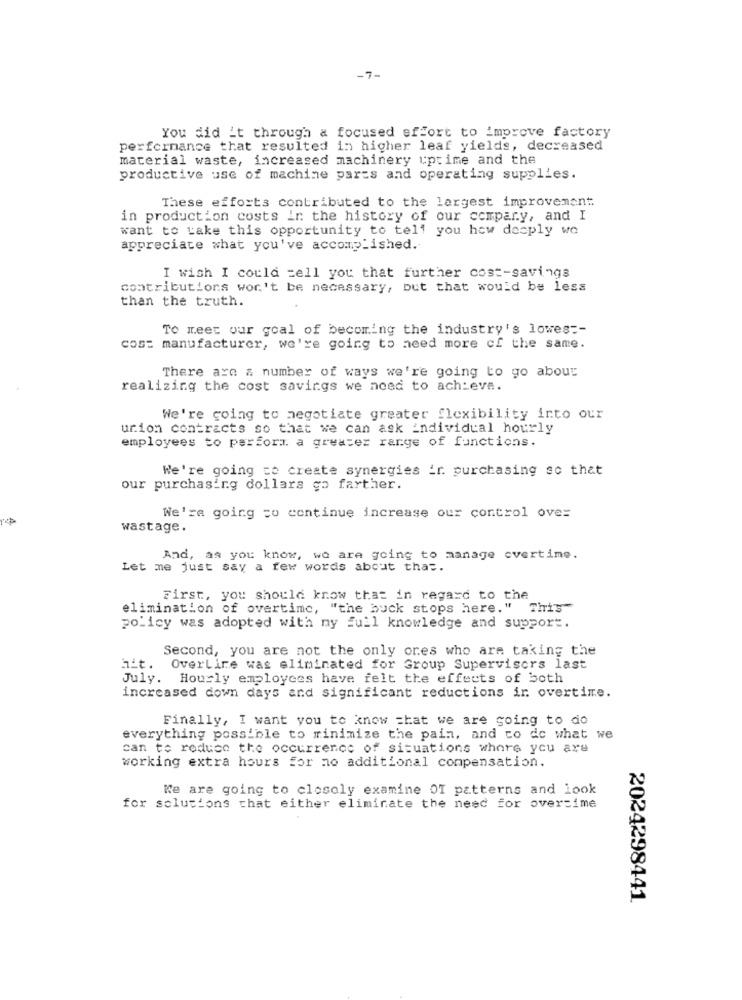
-7-
You did it through & focused effort to improve factory
performance that resulted in higher leaf yields, decreased
material waste, increased machinery uptime and the
productive use of machine parts and operating supplies.
These efforts contributed to the largest improvement
in production costs in the history of our company, and I
want to take this opportunity to tell you how deeply we
appreciate what you've accomplished.
I wish I could tell you that further cost-savings
contributions won't be necessary, but that would be less
than the truth.
To meet our goal of becoming the industry's lowest-
cost manufacturer, we're going to need more of the same.
There are a number of ways we're going to go abous
realizing the cost savings we need to achieve.
We're going to negotiate greater flexibility into our
union contracts so that we can ask individual hourly
employees to perform a greater range of functions.
We're going to create synergies ir. purchasing so that
our purchasing dollars go farther.
We're going co continue increase our control over
wastage.
And, as you know, we are going to manage overtime.
Let me just say a few words about that.
First, you should know that in regard to the
elimination of overtime, "the buck stops here. "
This
policy was adopted with my full knowledge and support.
Second, you are not the only ores who are taking the
hit.
OverLire was eliminated for Group Supervisors last
July. Hourly employees have felt the effects of both
increased down days and significant reductions in overtime.
Finally, I want you to know that we are going to do
everything possible to minimize the pain, and co do what we
can to reduce the occurrence of situations where you are
working extra hours for no additional compensation.
Ke are going to closoly examine OI patterns and look
for solutions that either eliminate the need for overtime
2024298441